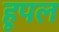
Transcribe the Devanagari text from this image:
हूपल